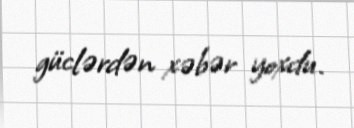
güclərdən xəbər yoxdu.